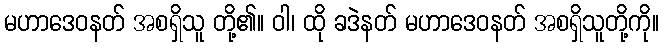
မဟာဒေဝနတ် အစရှိသူ တို့၏။ ဝါ၊ ထို ခဒဲနတ် မဟာဒေဝနတ် အစရှိသူတို့ကို။